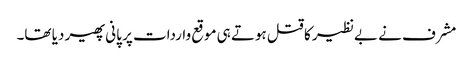
مشرف نے بےنظیر کا قتل ہوتے ہی موقع واردات پر پانی پھیر دیا تھا۔